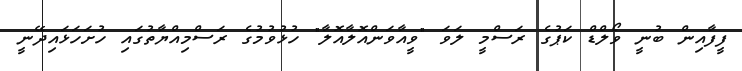
ފީފާއިން ބުނީ ވޯލްޑް ކަޕުގެ ރަސްމީ ލަވަ "ވީއާވަންއޮލާއޮލާ" ހުޅުވުމުގެ ރަސްމިއްޔާތުގައި ހުށަހަޅައިދޭނީ